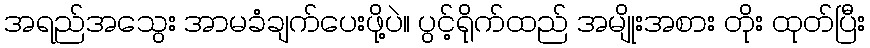
အရည်အသွေး အာမခံချက်ပေးဖို့ပဲ။ ပွင့်ရိုက်ထည် အမျိုးအစား တိုး ထုတ်ပြီး